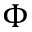
\Phi